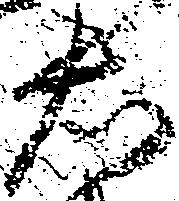
右